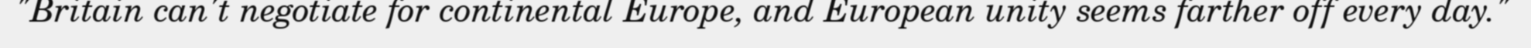
"Britain can't negotiate for continental Europe, and European unity seems farther off every day."